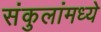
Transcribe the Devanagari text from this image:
संकुलांमध्ये